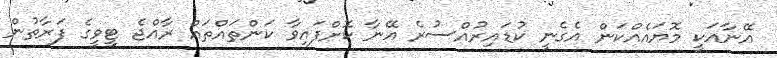
އޭނާއަކީ މޮޔައެއްކަން އެގެނީ ކުޑައިރުއްސުރެ އޭނާ ކޮށްފައިވާ ކަންތައްތައް ރާއްޖެ ޓީވީގެ ފަރާތުން